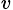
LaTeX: _v